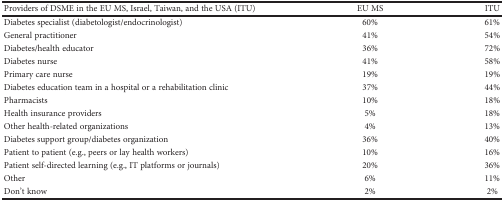
| Providers of DSME in the EU MS, Israel, Taiwan, and the USA (ITU) | EU MS | ITU |
 | --- | --- | --- |
 | Diabetes specialist (diabetologist/endocrinologist) | 60% | 61% |
 | General practitioner | 41% | 54% |
 | Diabetes/health educator | 36% | 72% |
 | Diabetes nurse | 41% | 58% |
 | Primary care nurse | 19% | 19% |
 | Diabetes education team in a hospital or a rehabilitation clinic | 37% | 44% |
 | Pharmacists | 10% | 18% |
 | Health insurance providers | 5% | 18% |
 | Other health-related organizations | 4% | 13% |
 | Diabetes support group/diabetes organization | 36% | 40% |
 | Patient to patient (e.g., peers or lay health workers) | 10% | 16% |
 | Patient self-directed learning (e.g., IT platforms or journals) | 20% | 36% |
 | Other | 6% | 11% |
 | Don't know | 2% | 2% |